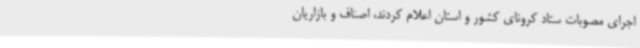
اجرای مصوبات ستاد کرونای کشور و استان اعلام کردند، اصناف و بازاریان